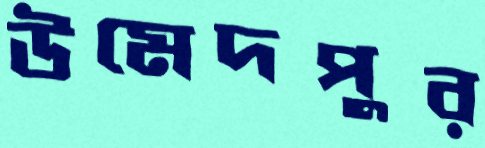
উমেদপুর